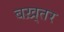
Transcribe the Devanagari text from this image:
बख़्तर